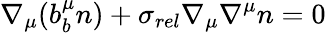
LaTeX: \nabla_{\mu}(b_{b}^{\mu}n)+\sigma_{rel}\nabla_{\mu}\nabla^{\mu}n=0